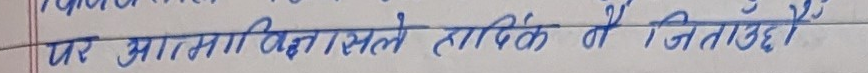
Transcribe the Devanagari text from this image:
पर आत्मविश्लेषक ताकि मै जितउठो